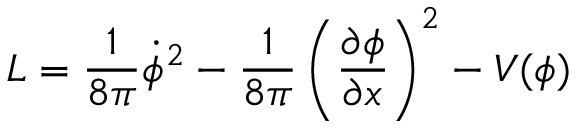
{ \cal L } = \frac { 1 } { 8 \pi } \dot { \phi } ^ { 2 } - \frac { 1 } { 8 \pi } \left( \frac { \partial \phi } { \partial x } \right) ^ { 2 } - V ( \phi )